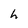
Character: h